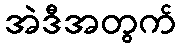
အဲဒီအတွက်